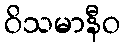
ဝိသမာနီဝ